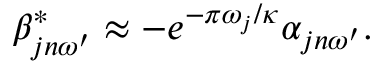
\beta _ { j n \omega ^ { \prime } } ^ { * } \approx - e ^ { - \pi \omega _ { j } / \kappa } \alpha _ { j n \omega ^ { \prime } } .